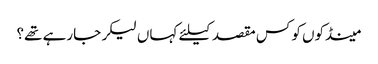
﻿ مینڈکوں کو کس مقصد کیلئے کہاں لیکر جارہے تھے؟